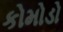
કોમોડો